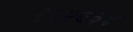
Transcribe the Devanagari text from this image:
१३२६३४